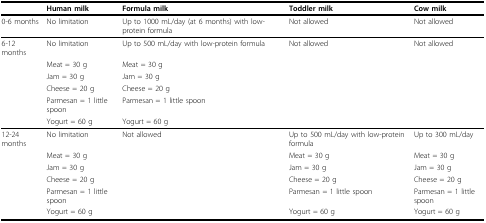
<table><thead><tr><td></td><td><b>Human milk</b></td><td><b>Formula milk</b></td><td><b>Toddler milk</b></td><td><b>Cow milk</b></td></tr></thead><tbody><tr><td>0-6 months</td><td>No limitation</td><td>Up to 1000 mL/day (at 6 months) with low-protein formula</td><td>Not allowed</td><td>Not allowed</td></tr><tr><td>6-12 months</td><td>No limitation</td><td>Up to 500 mL/day with low-protein formula</td><td>Not allowed</td><td>Not allowed</td></tr><tr><td></td><td>Meat = 30 g</td><td>Meat = 30 g</td><td></td><td></td></tr><tr><td></td><td>Jam = 30 g</td><td>Jam = 30 g</td><td></td><td></td></tr><tr><td></td><td>Cheese = 20 g</td><td>Cheese = 20 g</td><td></td><td></td></tr><tr><td></td><td>Parmesan = 1 little spoon</td><td>Parmesan = 1 little spoon</td><td></td><td></td></tr><tr><td></td><td>Yogurt = 60 g</td><td>Yogurt = 60 g</td><td></td><td></td></tr><tr><td>12-24 months</td><td>No limitation</td><td>Not allowed</td><td>Up to 500 mL/day with low-protein formula</td><td>Up to 300 mL/day</td></tr><tr><td></td><td>Meat = 30 g</td><td></td><td>Meat = 30 g</td><td>Meat = 30 g</td></tr><tr><td></td><td>Jam = 30 g</td><td></td><td>Jam = 30 g</td><td>Jam = 30 g</td></tr><tr><td></td><td>Cheese = 20 g</td><td></td><td>Cheese = 20 g</td><td>Cheese = 20 g</td></tr><tr><td></td><td>Parmesan = 1 little spoon</td><td></td><td>Parmesan = 1 little spoon</td><td>Parmesan = 1 little spoon</td></tr><tr><td></td><td>Yogurt = 60 g</td><td></td><td>Yogurt = 60 g</td><td>Yogurt = 60 g</td></tr></tbody></table>